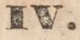
IV.